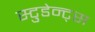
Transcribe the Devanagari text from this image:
स्टुडेन्ट्स